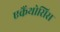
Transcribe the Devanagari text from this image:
एकैंथोसिस